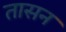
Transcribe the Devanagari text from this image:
तासन